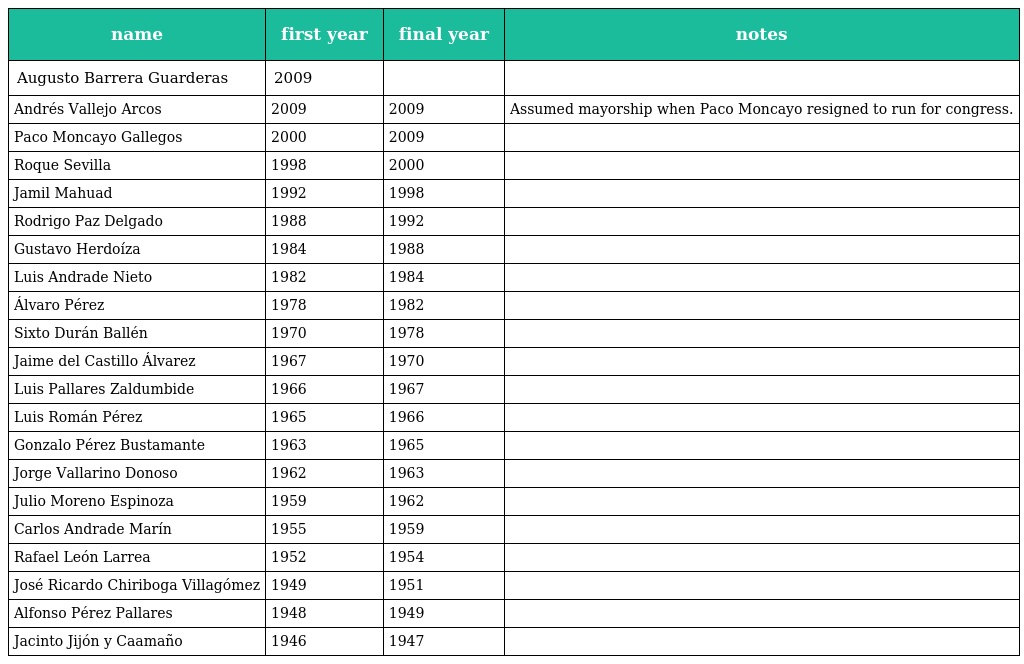
| name | first year | final year | notes |
 | --- | --- | --- | --- |
 | Augusto Barrera Guarderas | 2009 |  |  |
 | Andrés Vallejo Arcos | 2009 | 2009 | Assumed mayorship when Paco Moncayo resigned to run for congress. |
 | Paco Moncayo Gallegos | 2000 | 2009 |  |
 | Roque Sevilla | 1998 | 2000 |  |
 | Jamil Mahuad | 1992 | 1998 |  |
 | Rodrigo Paz Delgado | 1988 | 1992 |  |
 | Gustavo Herdoíza | 1984 | 1988 |  |
 | Luis Andrade Nieto | 1982 | 1984 |  |
 | Álvaro Pérez | 1978 | 1982 |  |
 | Sixto Durán Ballén | 1970 | 1978 |  |
 | Jaime del Castillo Álvarez | 1967 | 1970 |  |
 | Luis Pallares Zaldumbide | 1966 | 1967 |  |
 | Luis Román Pérez | 1965 | 1966 |  |
 | Gonzalo Pérez Bustamante | 1963 | 1965 |  |
 | Jorge Vallarino Donoso | 1962 | 1963 |  |
 | Julio Moreno Espinoza | 1959 | 1962 |  |
 | Carlos Andrade Marín | 1955 | 1959 |  |
 | Rafael León Larrea | 1952 | 1954 |  |
 | José Ricardo Chiriboga Villagómez | 1949 | 1951 |  |
 | Alfonso Pérez Pallares | 1948 | 1949 |  |
 | Jacinto Jijón y Caamaño | 1946 | 1947 |  |